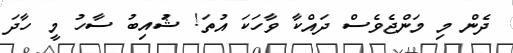
ދެން މި މަންޖެވެސް ދައްކާ ވާހަކަ އުތަ! ޝުައިބު ސާހު މީ ހާދަ